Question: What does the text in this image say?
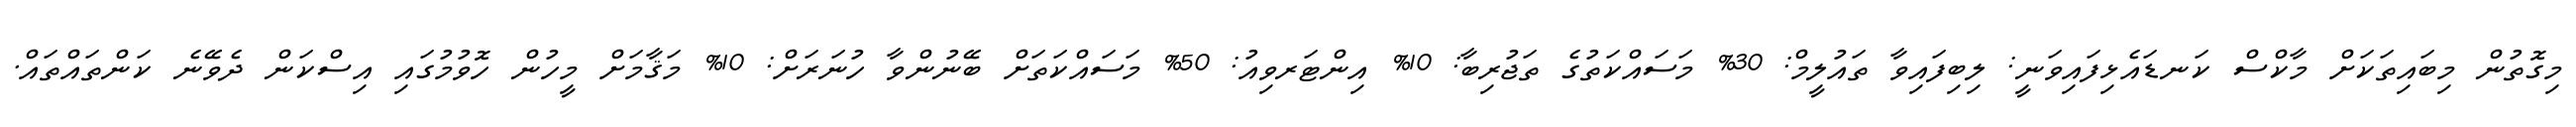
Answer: މިގޮތުން މިބައިތަކަށް މާކްސް ކަނޑައެޅިފައިވަނީ: ލިބިފައިވާ ތައުލީމް: 30% މަސައްކަތުގެ ތަޖުރިބާ: 10% އިންޓަރވިއު: 50% މަސައްކަތަށް ބޭނުންވާ ހުނަރަށް: 10% މަޤާމަށް މީހުން ހޮވުމުގައި އިސްކަން ދެވޭނެ ކަންތައްތައް.